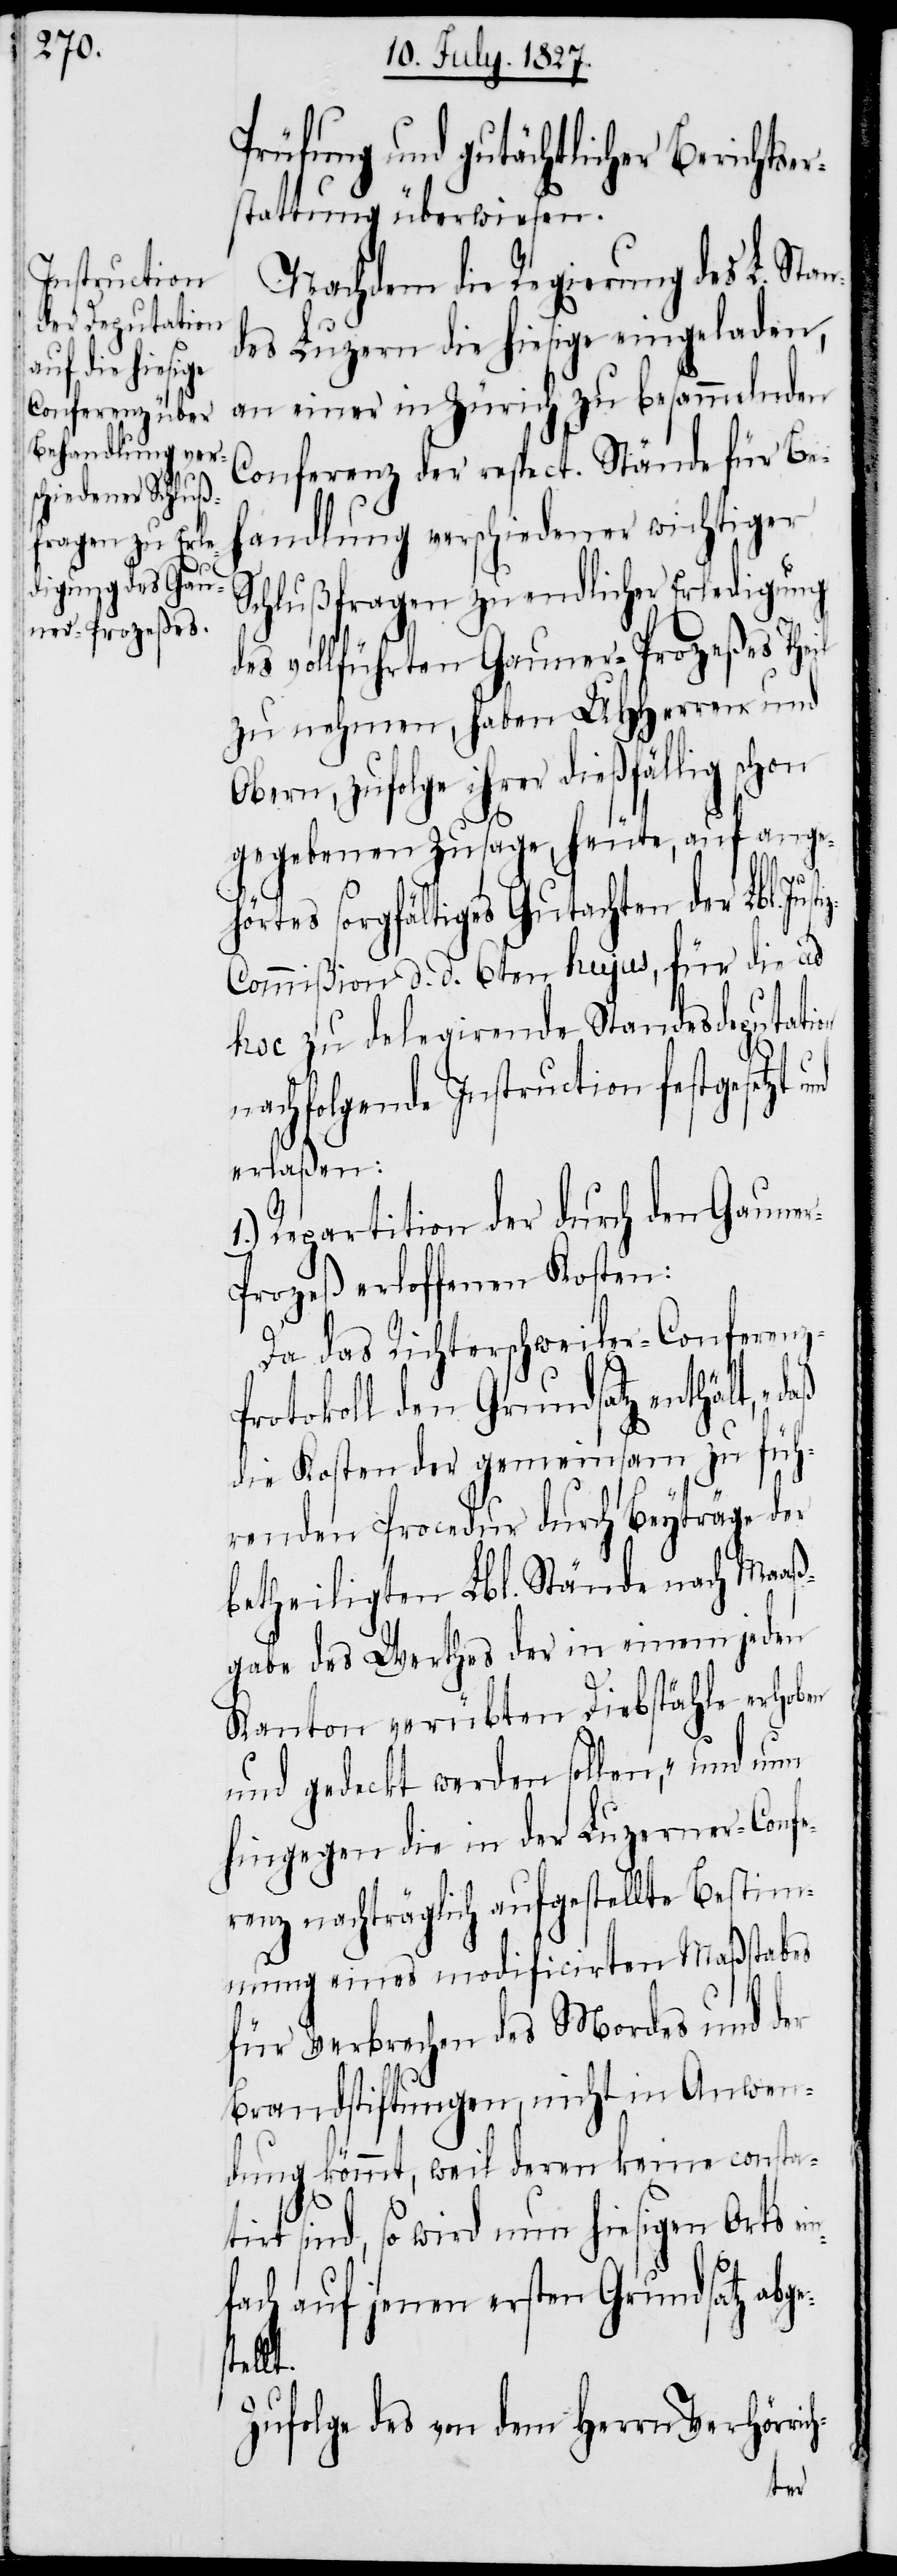
ch-

Prüfung und gutächtlicher Berichtser¬
stattung überwiesen.
Nachdem die Regierung des L. Stan¬
des Luzern die hiesige eingeladen,
an einer in Zürich zu besammelnden
Conferenz der respect. Stände für Beh¬
andlung verschiedener wichtiger
Schlußfragen zu endlicher Erledigung
des vollführten Gauner-Prozeßes Theil
zu nehmen, haben UHHerren und
Obern, zufolge ihrer dießfällig schon
gegebenen Zusage, heute, auf ange¬
s¬
hörtes sorgfältiges Gutachten der Lbl. Jus¬
z-Commißion d. d. 6ten hujus, für die ad
hoc zu delegirende Standesdeputation
nachfolgende Instruction festgesetzt
erlaßen:
1.) Repartition der durch den Gaune¬
r-Prozeß erloffenen Kosten:
Da das Richterschweiler-Conferen¬
rotokoll den Grundsatz enthält,
die Kosten der gemeinsam zu füh¬
renden Procedur durch Beyträge der
betheiligten Lbl. Stände nach Maaß¬
gabe des Werthes der in einem jeden
Kanton verübten Diebstähle erhoben
und gedeckt werden sollen,“ und nun
hingegen die in der Luzerner-Confe¬
renz nachträglich aufgestellte Bestim¬
mung eines modificirten Maßstabes
für Verbrechen des Mordes und der
Brandstiftungen, nicht in Anwen¬
dung kömmt, weil deren keine consta¬
tirt sind, so wird nun hiesigen Orts ei¬
fach auf jenen ersten Grundsatz abge¬
tellt.
Zufolge des von dem Herrn Verhörri¬